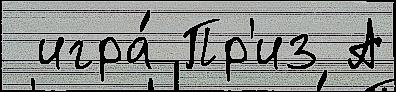
 игра́ Пр'из А